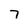
Character: 7